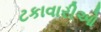
ટકાવારીઓ